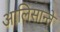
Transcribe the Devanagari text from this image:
आलिसान्ते